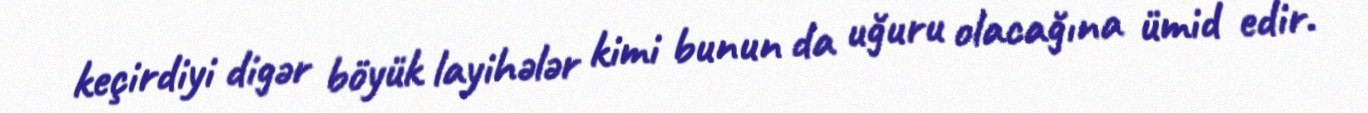
keçirdiyi digər böyük layihələr kimi bunun da uğuru olacağına ümid edir.